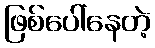
ဖြစ်ပေါ်နေတဲ့